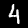
Label: 4